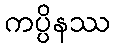
ကပ္ပိနဿ